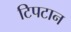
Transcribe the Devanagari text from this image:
टिपटान